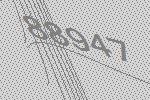
88947